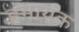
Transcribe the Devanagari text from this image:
हमायंक